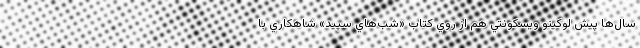
سال‌ها پيش لوكينو ويسكونتي هم از روي كتاب «شب‌هاي سپيد» شاهكاري با